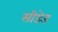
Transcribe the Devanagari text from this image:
सीडेड